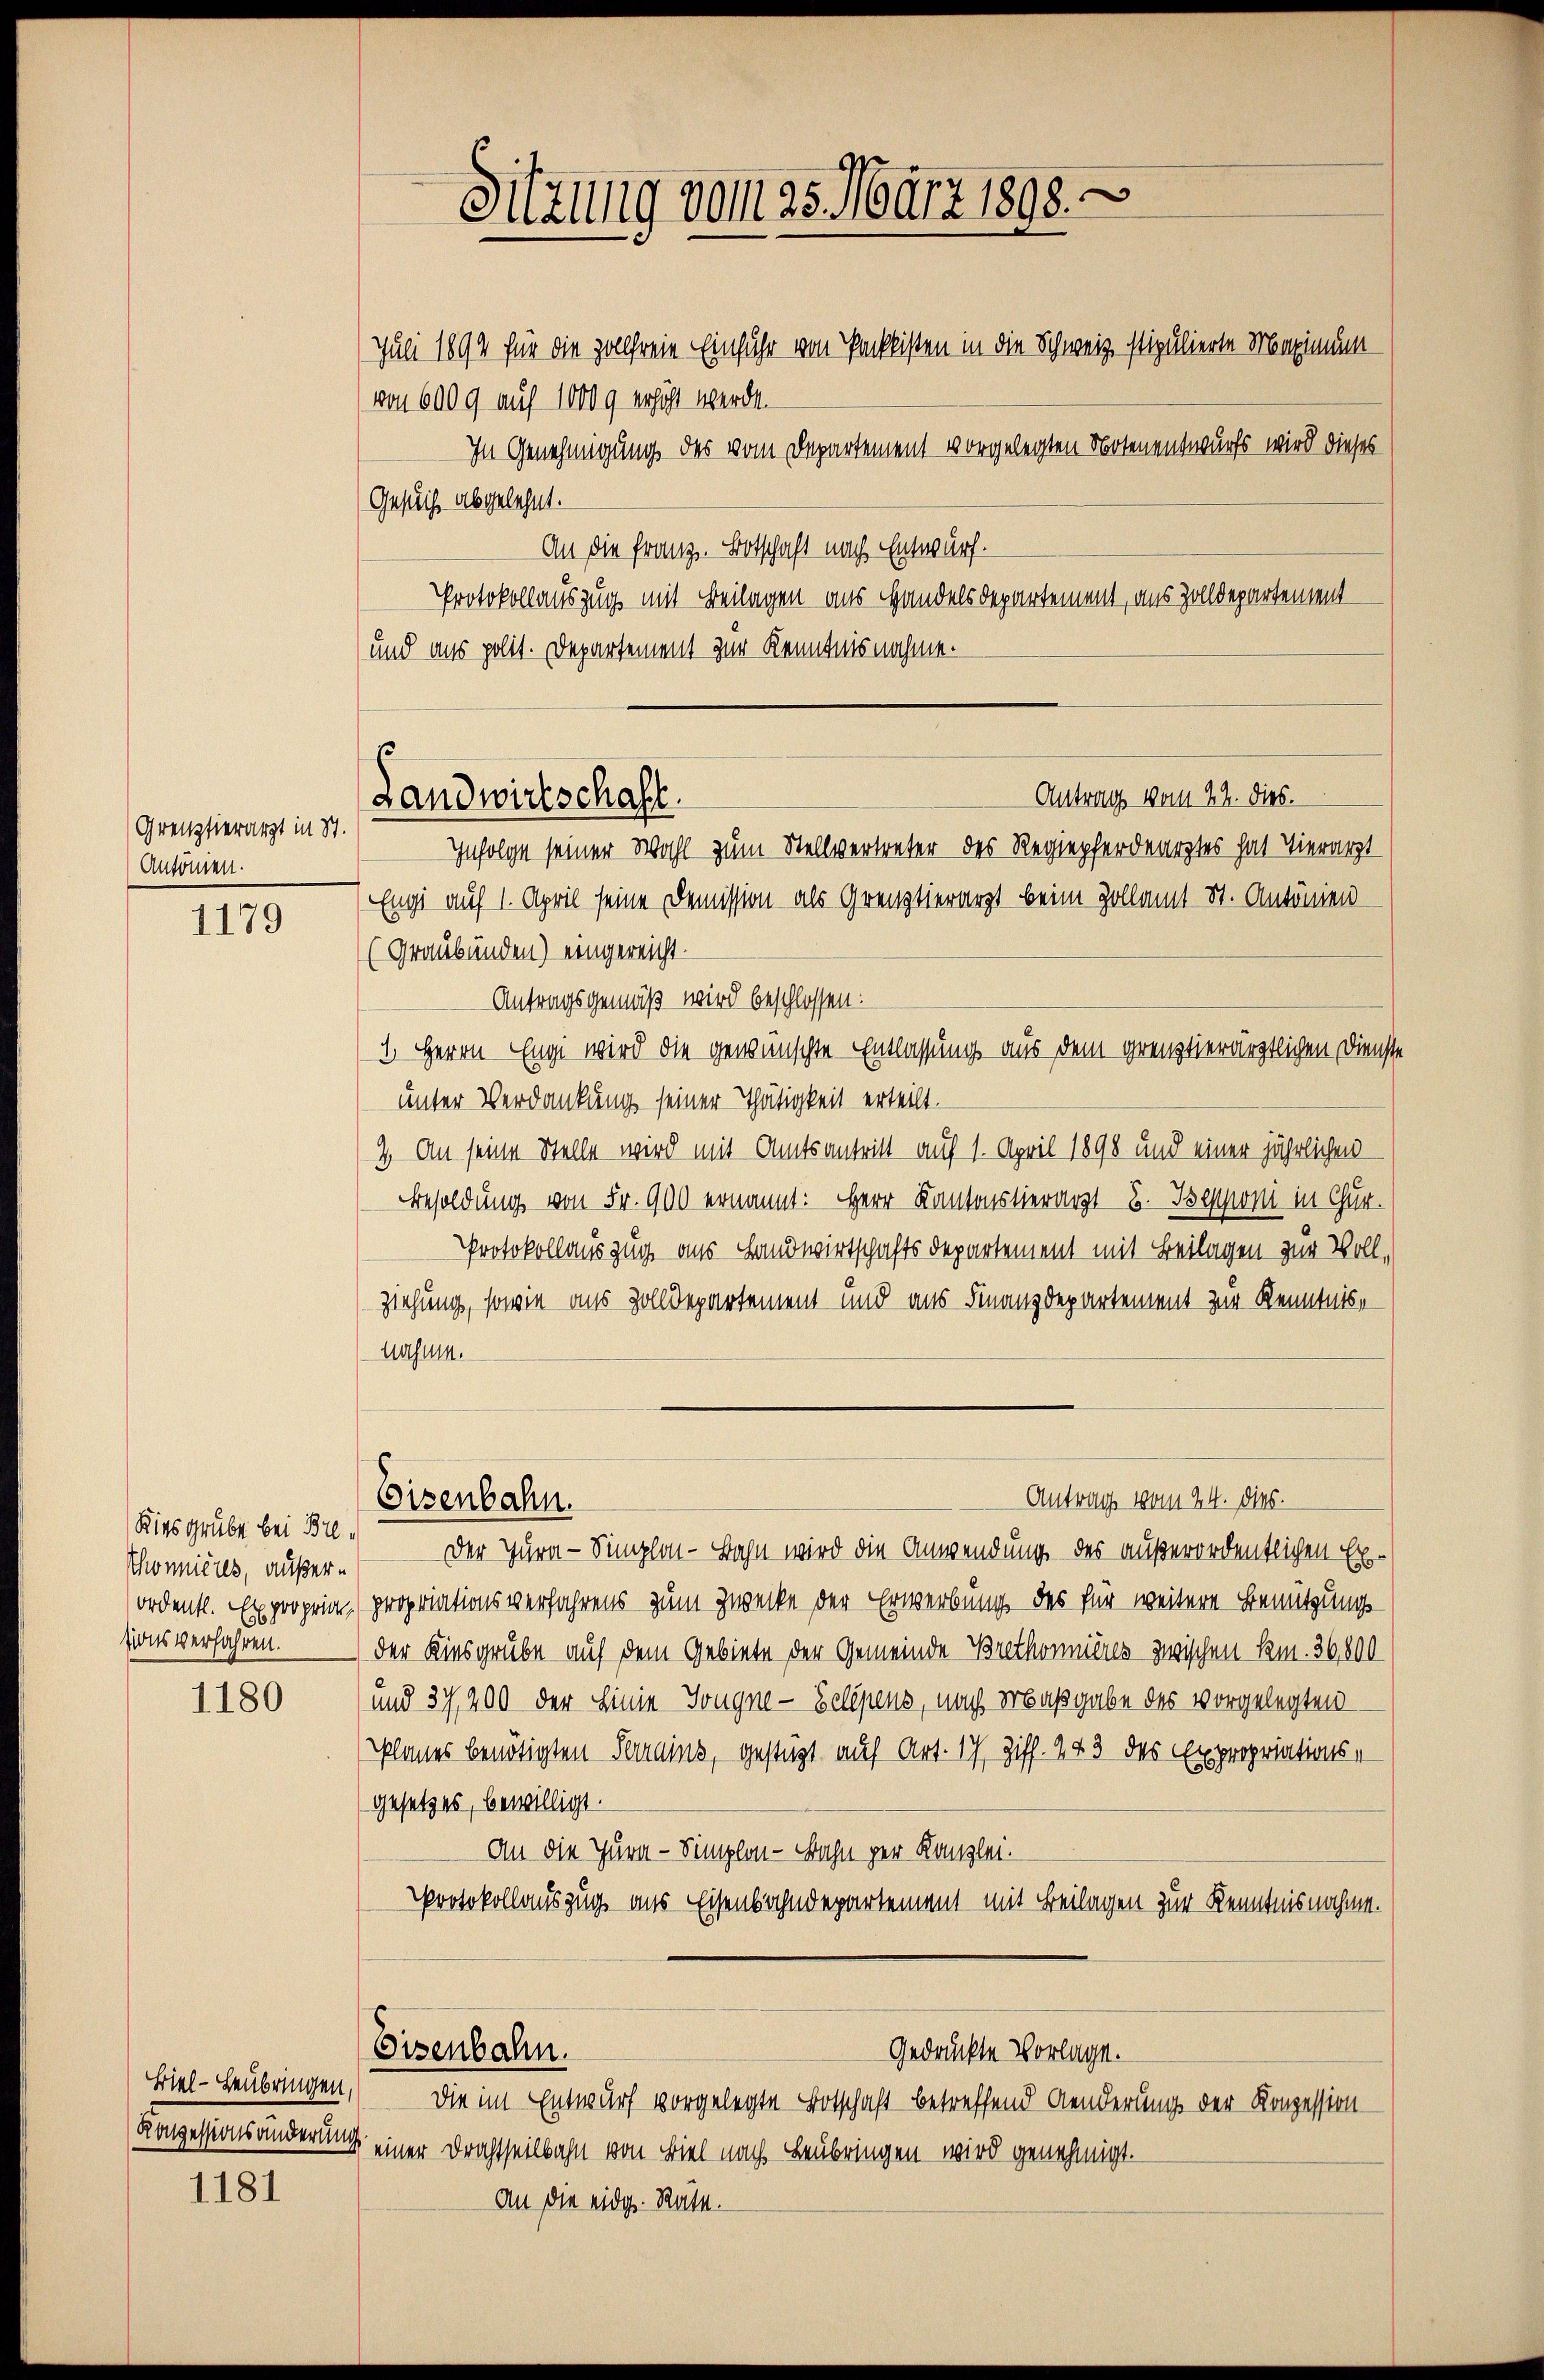
Grenztierarzt in St.
Antönien.

1179

Kiesgrube bei Bre¬
Thonnieres, außerordentl. Expropriat
sions verfahren.

1180

Biel - Leubringen,

1181

Juli 1894 für die zollfreie Einfuhr von Packlisten in die Schweiz stipulierte Maximum
von 600 g auf 10000 erhöht werde.
In Genehmigung des vom Departement vorgelegten Notenentwurfs wird dieses
Gesuch abgelehnt.
An die Franz. Botschaft nach Entwurf.
Protokollauszug mit Beilagen aus Handelsdepartement, aus Zolldepartement
und aus polit. Departement zur Kenntnisnahme.
Infolge seiner Wohl zum Stellvertreter des Regiepferdearztes hat Tierarzt
Engi auf 1. April seine Demission als Grenztierarzt beim Zollamt St. Antonien
(Graubünden) eingereicht.
Antragsgemäß wird beschlossen:
1. Herrn Engi wird die gewünschte Entlassung aus dem grenztierärztlichen Diens
unter Verdankung seiner Thätigkeit erteilt.
2. An seine Stelle wird mit Amtsantritt auf 1. April 1898 und einer jährlichen
Besoldung von Fr. 900 ernannt: Herr Kantonstiert B. Tessioni in Chur-
Protokollauszug aus Landwirtschafts Departement mit Beilagen zur Voll,
ziehung, sowie aus Zolldepartement und aus Finanzdepartement zur Kenntnis,
nahum.
Antrag vom 24. ds.
Eisenbahn.
Der Jura - Simplon - Bahn wird die Anwendung des außerordentlichen Expropriationsverfahrens zum Zwecke der Erwerbung des für weitere Benutzungs-
der Kiesgrube auf dem Gebiete der Gemeinde Brethonnens zwischen kam. 36,800
und 37, 200 der Linie Sougne- Gelegens, nach erbaßgabe des vorgelegten
Planes benötigten Serains, gestützt auf Art. 17 Ziff. 243 des Expropriations-
gesetzes, bewilligt.
An die Jura - Simplon - Bahn per Kanzlei-
Protokollauszug aus Eisenbahndepartement mit Beilagen zur Kenntnisnahme.

Sitzung vom 25. März 1898.

J
Antrag vom 22. dies.
Landwirtschaft.

Eisenbahn.

Konzessionsänderung einer Drachtheilbahn von Biel nach Leubringen wird genehmigt.
An die eidg. Rate.

Gedrückte Vorlage.
Die im Entwurf vorgelegte Botschaft betreffend Aenderungs der Konzession